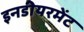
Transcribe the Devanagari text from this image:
इनडीयरमेंट